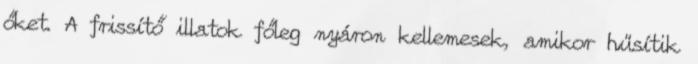
őket. A frissítő illatok főleg nyáron kellemesek, amikor hűsítik